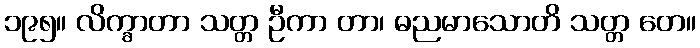
၁၉၅။ လိက္ခာတာ သတ္တ ဦကာ တာ၊ ဓညမာသောတိ သတ္တ တေ။